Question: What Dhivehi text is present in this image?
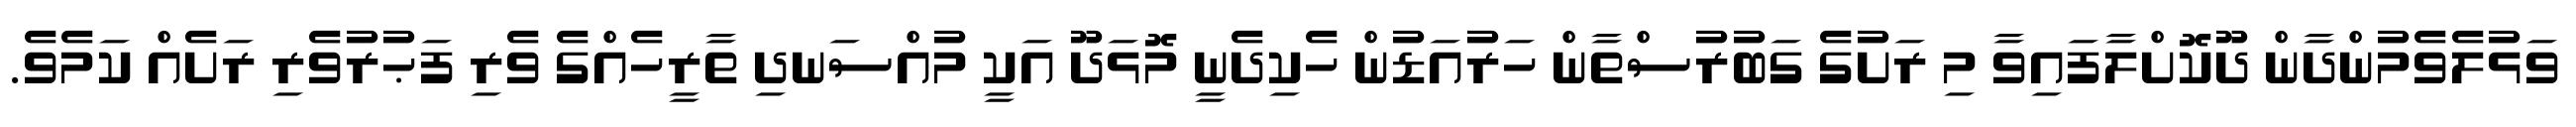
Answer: ވަޅުލެވެމުންދާން ދޫކޮށްލާފައިވާ މި ރަށުގެ ގަބުރުސްތާން ހަރުއަޑުން ހެކިދެނީ މޮޅަދޫ އަކީ މުއްސަނދި ތާރީހެއްގެ ވެރި ފަޙުރުވެރި ރަށެއް ކަމެވެ.